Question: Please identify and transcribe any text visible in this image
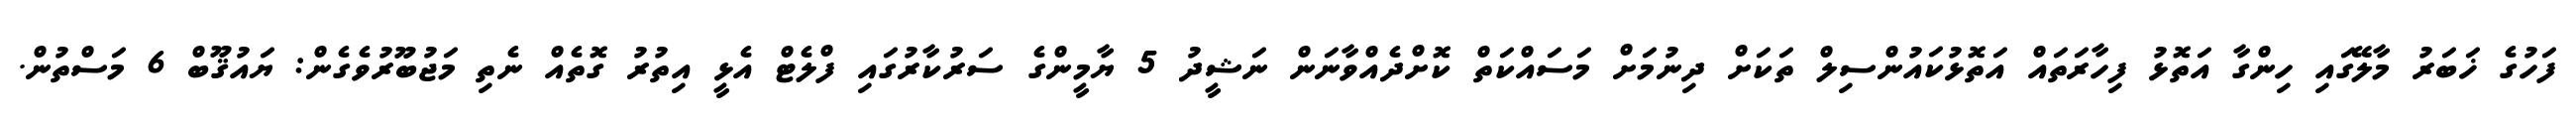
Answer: ފަހުގެ ޚަބަރު މާލޭގައި ހިންގާ އަތޮޅު ފިހާރަތައް އަތޮޅުކައުންސިލް ތަކަށް ދިނުމަށް މަސައްކަތް ކޮށްދެއްވާނަން ނަޝީދު 5 ޔާމީންގެ ސަރުކާރުގައި ފްލެޓް އެޅީ އިތުރު ގޮތެއް ނެތި މަޖުބޫރުވެގެން: ޔައުޤޫބް 6 މަސްތުން.